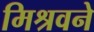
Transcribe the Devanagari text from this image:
मिश्रवने